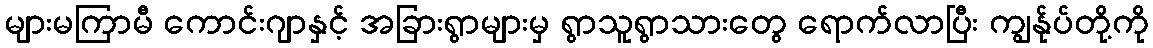
များမကြာမီ ကောင်းဂျာနှင့် အခြားရွာများမှ ရွာသူရွာသားတွေ ရောက်လာပြီး ကျွန်ုပ်တို့ကို